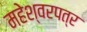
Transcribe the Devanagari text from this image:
महेश्वरपत्र